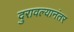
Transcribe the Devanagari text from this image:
दुरावल्यानंतर